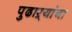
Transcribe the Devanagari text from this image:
पुढाऱ्यांना